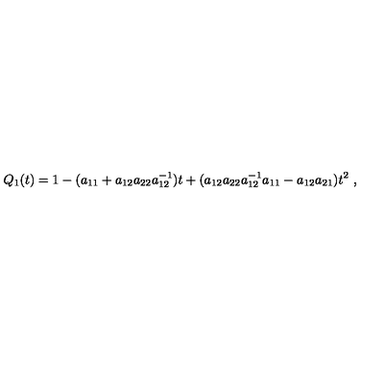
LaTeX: Q _ { 1 } ( t ) = 1 - ( a _ { 1 1 } + a _ { 1 2 } a _ { 2 2 } a _ { 1 2 } ^ { - 1 } ) t + ( a _ { 1 2 } a _ { 2 2 } a _ { 1 2 } ^ { - 1 } a _ { 1 1 } - a _ { 1 2 } a _ { 2 1 } ) t ^ { 2 } \ ,